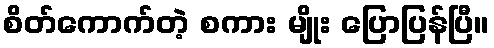
စိတ်ကောက်တဲ့ စကား မျိုး ပြောပြန်ပြီ။